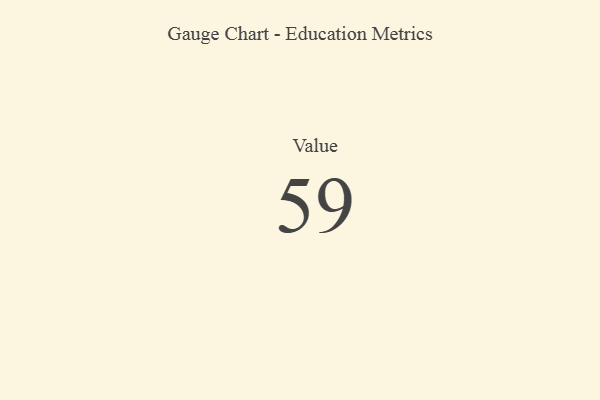
{"axis": {"x": "Metric", "y": "Value"}, "legend": [""], "data": [{"x": "Value", "y": 59, "type": ""}]}